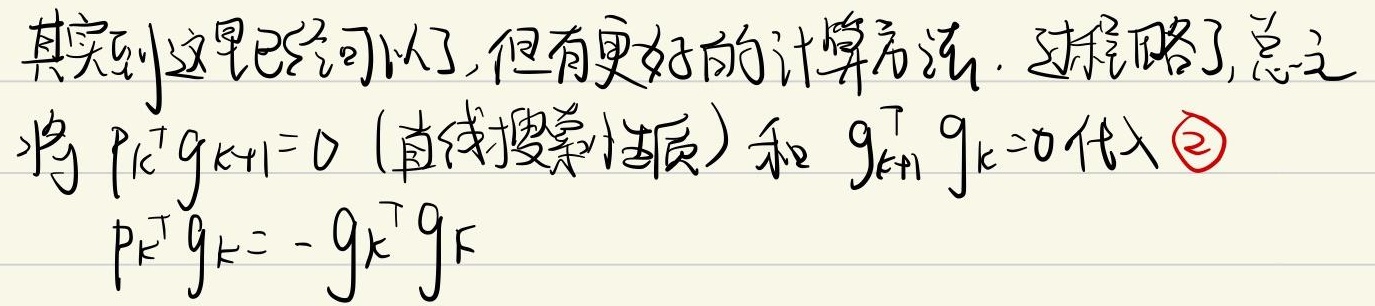
其实到这里已经可以了,但有更好的计算方法. 过程略了,总之
将 \(p_{k}^{\top} g_{k + 1} = 0\) (直线搜索性质) 和 \(g_{k + 1}^{\top} g_{k} = 0\) 代入 \textcircled{2}
\(p_{k}^{\top} g_{k} = - g_{k}^{\top} g_{k}\)